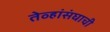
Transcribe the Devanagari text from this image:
तेव्हांसंघाची